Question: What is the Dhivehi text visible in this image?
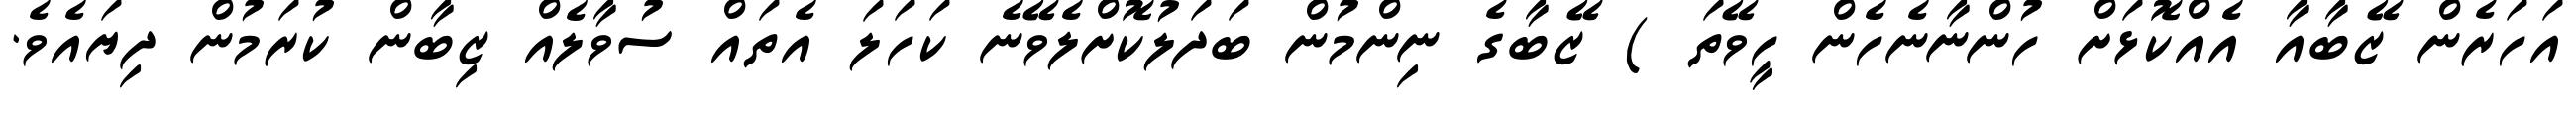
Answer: އަހަރެން ޒޭބާއާ އެއްކޮޅަށް ހުންނާނެހެން ހީވޭތަ ) ޒޭބާގެ ނިންމުން ބަދަލުކޮށްލެވޭނެ ކަހަލަ އެތައް ސުވާލެއް ޒިބާން ކުރަމުން ދިޔައެވެ.